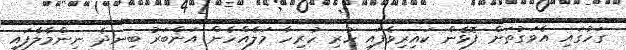
ގަހުގައި އެވަގުތަށް ފޮޅެން ކައިރިވެފައި ހުރި ހުރިހާ މަލެއްހެން އަންބަރު ބިނދެ ނިންމާލާފައި